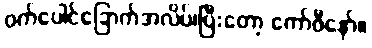
ဝက်ပေါင်ခြောက်အလိပ်၊ပြီးတော့ ကော်ဖီနော်။